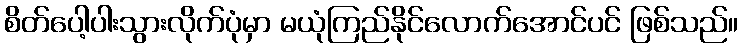
စိတ်ပေါ့ပါးသွားလိုက်ပုံမှာ မယုံကြည်နိုင်လောက်အောင်ပင် ဖြစ်သည်။